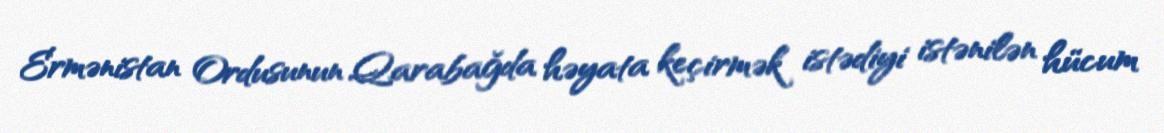
Ermənistan Ordusunun Qarabağda həyata keçirmək istədiyi istənilən hücum